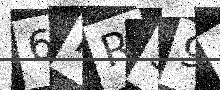
Text: 6RR59G